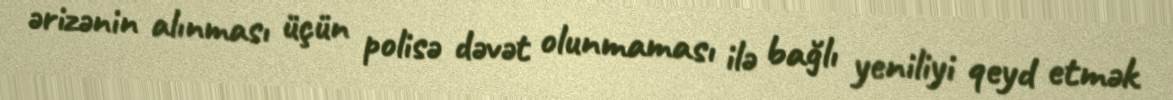
ərizənin alınması üçün polisə dəvət olunmaması ilə bağlı yeniliyi qeyd etmək